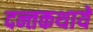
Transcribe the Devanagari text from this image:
दन्तकथाये